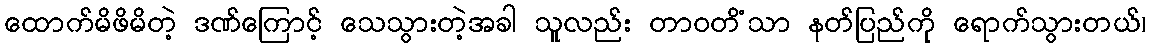
ထောက်မိဖိမိတဲ့ ဒဏ်ကြောင့် သေသွားတဲ့အခါ သူလည်း တာဝတိံသာ နတ်ပြည်ကို ရောက်သွားတယ်၊